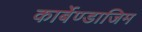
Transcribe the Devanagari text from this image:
कार्बेण्डाजिम